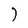
Character: 7